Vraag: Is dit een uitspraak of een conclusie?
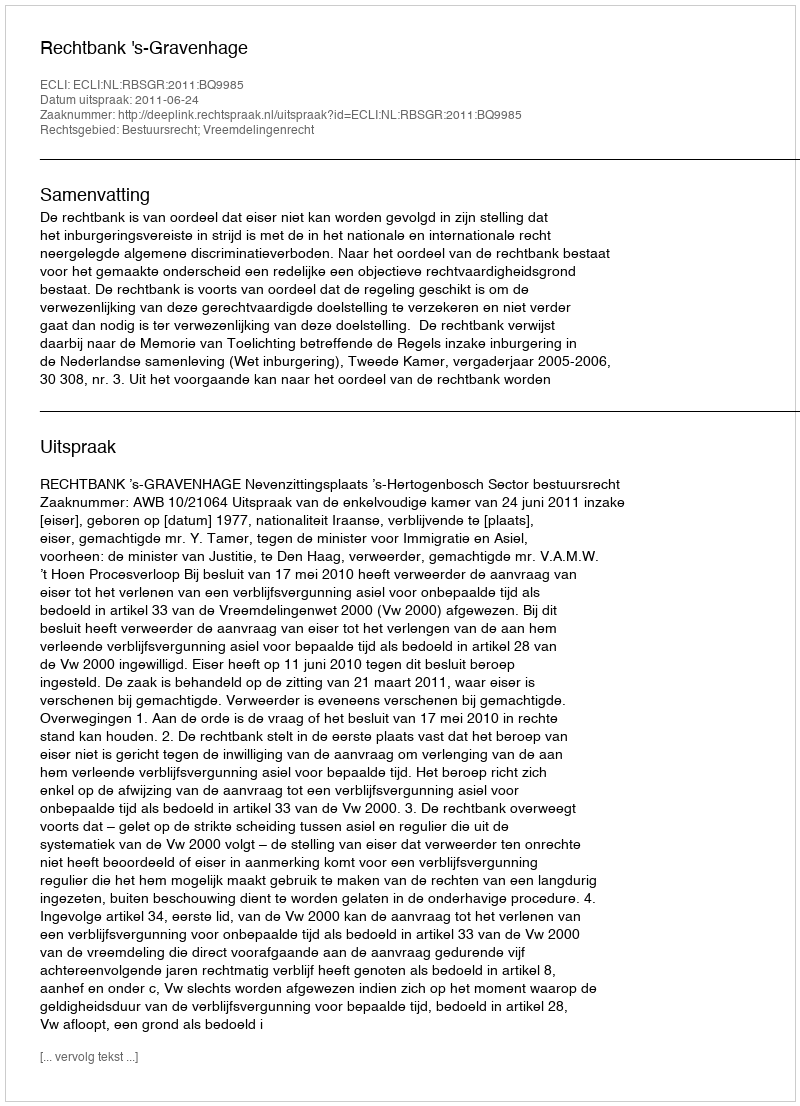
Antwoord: Uitspraak